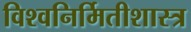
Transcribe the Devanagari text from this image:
विश्वनिर्मितीशास्त्र